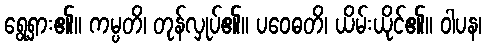
ရွေ့ရှား၏။ ကမ္ပတိ၊ တုန်လှုပ်၏။ ပဝေဓတိ၊ ယိမ်းယိုင်၏။ ဝါပန၊